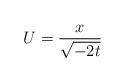
LaTeX: \begin{align*}U=\frac{x}{\sqrt{-2t}}\end{align*}